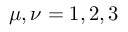
\mu , \nu = 1 , 2 , 3